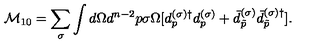
{ \cal M } _ { 1 0 } = \sum _ { \sigma } \int d \Omega d ^ { n - 2 } p \sigma \Omega [ d _ { p } ^ { ( \sigma ) \dagger } d _ { p } ^ { ( \sigma ) } + \bar { d } _ { \tilde { p } } ^ { ( \sigma ) } \bar { d } _ { \tilde { p } } ^ { ( \sigma ) \dagger } ] { . }